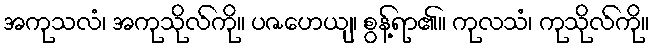
အကုသလံ၊ အကုသိုလ်ကို။ ပဇဟေယျ၊ စွန့်ရာ၏။ ကုလသံ၊ ကုသိုလ်ကို။